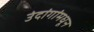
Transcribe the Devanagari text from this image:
उंदांगांमधून